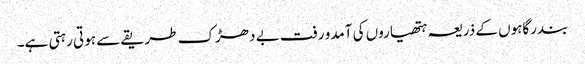
بندرگاہوں کے ذریعہ ہتھیاروں کی آمدو رفت بے دھڑک طریقے سے ہوتی رہتی ہے۔